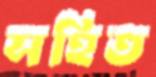
সহিত